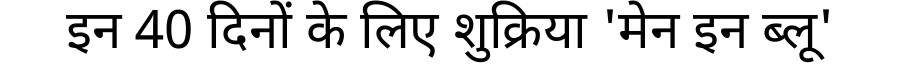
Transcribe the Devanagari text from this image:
इन 40 दिनों के लिए शुक्रिया 'मेन इन ब्लू'